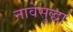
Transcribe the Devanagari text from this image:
नावेसुद्धा